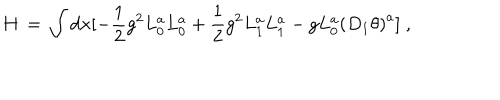
LaTeX: H \, = \, \int d { \bf x } [ - \frac { 1 } { 2 } g ^ { 2 } L _ { 0 } ^ { a } L _ { 0 } ^ { a } + \frac { 1 } { 2 } g ^ { 2 } L _ { 1 } ^ { a } L _ { 1 } ^ { a } - g L _ { 0 } ^ { a } { ( D _ { 1 } \theta ) } ^ { a } ] \; ,